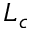
L _ { c }